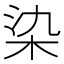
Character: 染